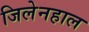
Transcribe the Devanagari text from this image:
जिलेनहाल